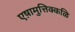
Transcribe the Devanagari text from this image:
एष़ामुत्तिक्कळि